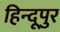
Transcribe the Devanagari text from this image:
हिन्दूपुर